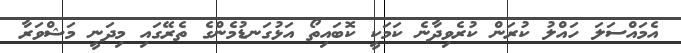
އެމައްސަލަ ހައްލު ކުރަން ކުރެވިދާނެ ކަމަކީ ކޮބައިތޯ އަޅުގަނޑުމެންގެ ތެރޭގައި މިދަނީ މަޝްވަރާ